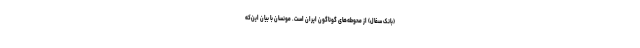
(بانک سفال) از محوطه‌های گوناگون ایران است. مونسان با بیان‌ این‌که